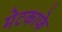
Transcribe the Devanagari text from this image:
मेटकाफे